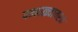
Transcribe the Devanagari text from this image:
पन्हाळ्यावरच